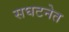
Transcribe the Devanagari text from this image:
सघटनेत